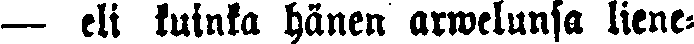
— eli kuinka hänen arwelunsa liene-